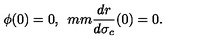
\phi ( 0 ) = 0 , \hspace * { 5 m m } \frac { d r } { d \sigma _ { c } } ( 0 ) = 0 .